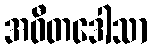
အဝီတဒေါသာ